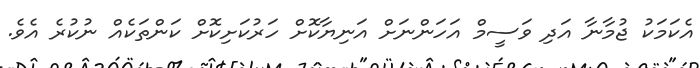
އެކަމަކު ޖުމާނާ އަދި ވަސީމް އަހަންނަށް އަނިޔާކޮށް ހަރުކަށިކޮށް ކަންތަކެއް ނުކުރެ އެވެ.